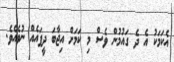
އެކަމަކު އެ ދެ ގައުމުން ވެސް މި ކަމަށް އިޖާބަ ދީފައެއް ނުވެއެވެ.